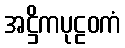
အဋ္ဌိကပုဠဝကံ